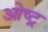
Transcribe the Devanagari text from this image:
ओष्ट्र